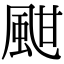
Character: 𩖺